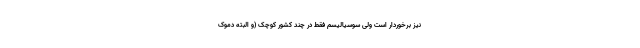
نیز برخوردار است ولی سوسیالیسم فقط در چند کشور کوچک (و البته دموک